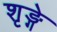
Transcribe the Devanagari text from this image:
शृङ्गे